Report of the Municipal Commissioner on the plague in Bombay for the year ending 31st May... - Volume 2
Disease focus: Plague
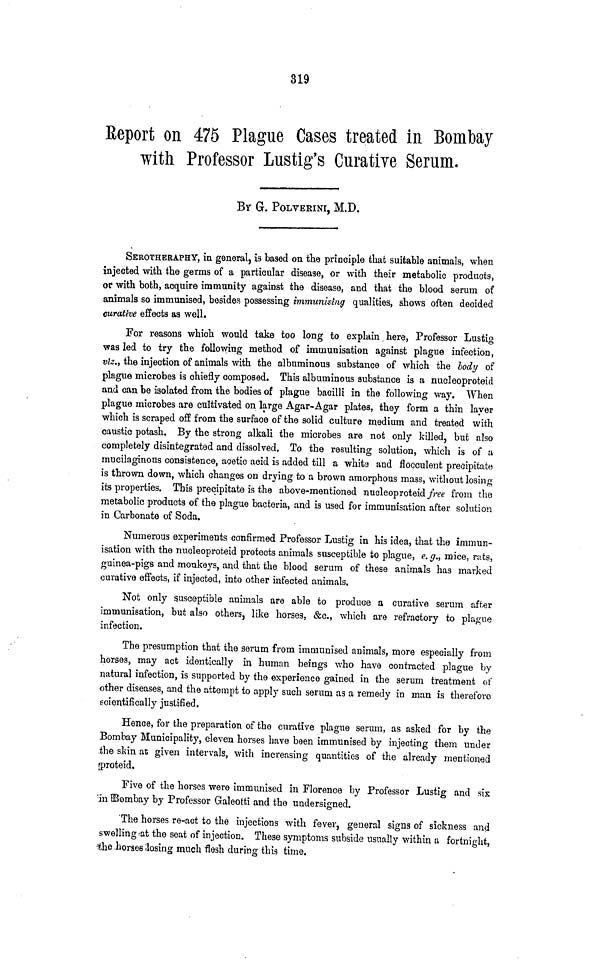
319
Report on 475 Plague Cases treated in Bombay
with Professor Lustig's Curative Serum.
BY G. POLVERINI, M.D.
SEROTHERAPHY, in general, is based on the principle that suitable animals, when
injected with the germs of a particular disease, or with their metabolic products,
or with both, acquire immunity against the disease, and that the blood serum of
animals so immunised, besides possessing immunising qualities, shows often decided
curative effects as well.
For reasons which would take too long to explain here, Professor Lustig
was led to try the following method of immunisation against plague infection,
viz., the injection of animals with the albuminous substance of which the body of
plague microbes is chiefly composed. This albuminous substance is a nucleoproteid
and can be isolated from the bodies of plague bacilli in the following way. When
plague microbes are cultivated on large Agar-Agar plates, they form a thin layer
which is scraped off from the surface of the solid culture medium and treated with
caustic potash. By the strong alkali the microbes are not only killed, but also
completely disintegrated and dissolved. To the resulting solution, which is of a
mucilaginous consistence, acetic acid is added till a whita and flocculent precipitate
is thrown down, which changes on drying to a brown amorphous mass, without losing
its properties. This precipitate is the above-mentioned nucleoproteid free from the
metabolic products of the plague bacteria, and is used for immunisation after solution
in Carbonate of Soda.
Numerous experiments confirmed Professor Lustig in his idea, that the immun-
isation with the nuoleoproteid protects animals susceptible to plague, e. g., mice, ruts,
guinea-pigs and monkeys, and that the blood serum of these animals has marked
curative effects, if injected, into other infected animals.
Not only susceptible animals are able to produce a curative serum after
immunisation, but also others, like horses, &c., which are refractory to plague
infection.
The presumption that the serum from immunised animals, more especially from
horses, may act identically in human beings who have contracted plague by
natural infection, is supported by the experience gained in the serum treatment ot'
other diseases, and the attempt to apply such serum as a remedy in man is therefore
scientifically justified.
Hence, for the preparation of the curative plague serum, as asked for by the
Bombay Municipality, eleven horses have been immunised by injecting them under
the skin at given intervals, with increasing quantities of the already mentioned
rproteid.
Five of the horses were immunised in Florence by Professor Lustig and six
'in OBombay by Professor Galeotti and the undersigned.
'The horses re-act to the injections with fever, general signs of sickness and
swelling .-at the seat of injection. These symptoms subside usually within a fortnight,
•the .horaes losing much flesh during this time.